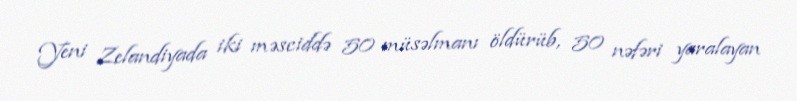
Yeni Zelandiyada iki məsciddə 50 müsəlmanı öldürüb, 50 nəfəri yaralayan